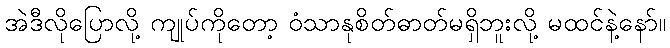
အဲဒီလိုပြောလို့ ကျုပ်ကိုတော့ ဝံသာနုစိတ်ဓာတ်မရှိဘူးလို့ မထင်နဲ့နော်။